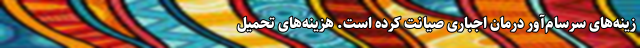
زینه‌‌های سرسام‌‌آور درمان اجباری صیانت کرده است. هزینه‌‌های تحمیل